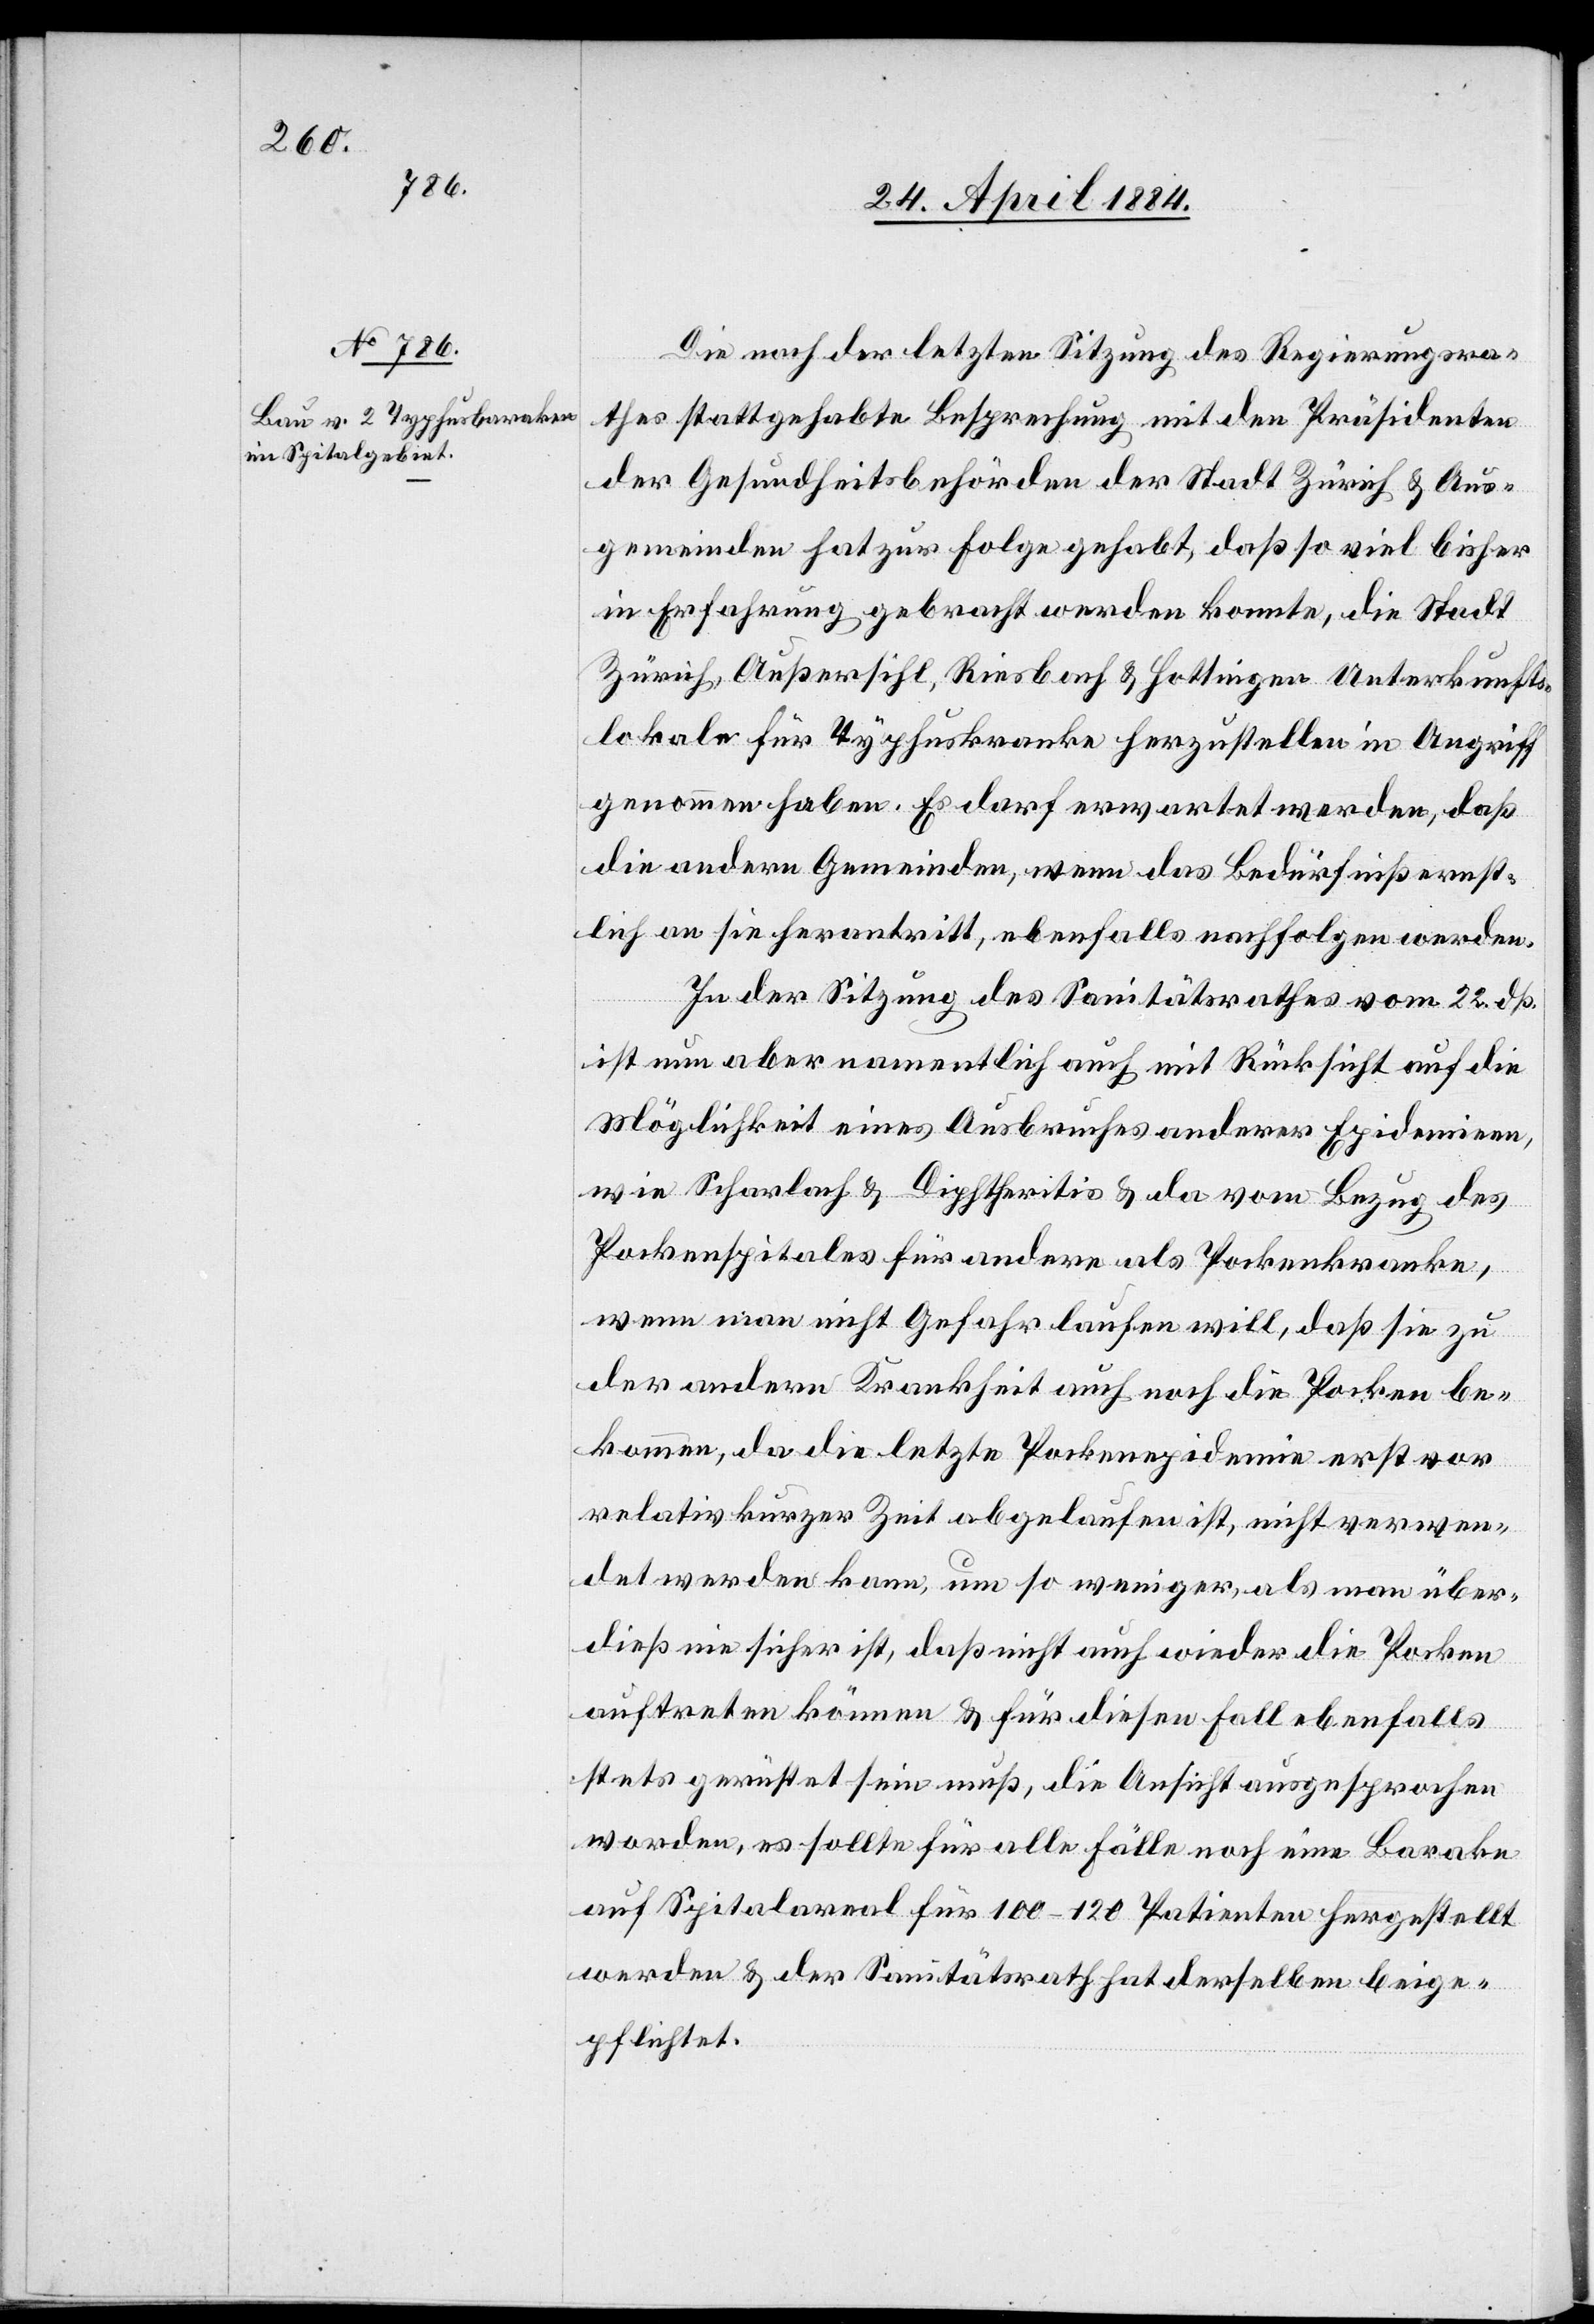
Die nach der letzten Sitzung des Regierungsra¬
thes stattgehabte Besprechung mit den Präsidenten
der Gesundheitsbehörden der Stadt Zürich & Aus¬
gemeinden hat zur Folge gehabt, daß so viel bisher
in Erfahrung gebracht werden konnte, die Stadt
Zürich, Außersihl, Riesbach & Hottingen Unterkunfts¬
lokale für Typhuskranke herzustellen in Angriff
genommen haben. Es darf erwartet werden, daß
die andern Gemeinden, wenn das Bedürfniß ernst¬
lich an sie herantritt, ebenfalls nachfolgen werden.
In der Sitzung des Sanitätsrathes vom 22. dß.
ist nun aber namentlich auch mit Rücksicht auf die
Möglichkeit eines Ausbruches anderer Epidemien,
wie Scharlach & Diphtheritis & da vom Bezug des
Pockenspitales für andere als Pockenkranke,
wenn man nicht Gefahr laufen will, daß sie zu
der andern Krankheit auch noch die Pocken be¬
kommen, da die letzte Pockenepidemie erst vor
relativ kurzer Zeit abgelaufen ist, nicht verwen¬
det werden kann, um so weniger, als man über¬
dieß nie sicher ist, daß nicht auch wieder die Pocken
auftreten können & für diesen Fall ebenfalls
stets gerüstet sein muß, die Ansicht ausgesprochen
worden, es sollte für alle Fälle noch eine Barake
auf Spitalareal für 100–120 Patienten hergestellt
werden & der Sanitätsrath hat derselben beige¬
pflichtet.